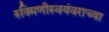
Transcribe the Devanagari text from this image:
रुक्मिणीस्वयंवराच्या